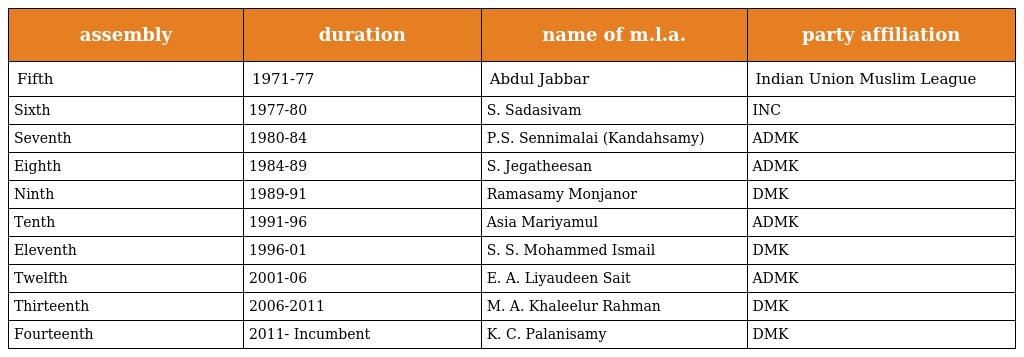
| assembly | duration | name of m.l.a. | party affiliation |
 | --- | --- | --- | --- |
 | Fifth | 1971-77 | Abdul Jabbar | Indian Union Muslim League |
 | Sixth | 1977-80 | S. Sadasivam | INC |
 | Seventh | 1980-84 | P.S. Sennimalai (Kandahsamy) | ADMK |
 | Eighth | 1984-89 | S. Jegatheesan | ADMK |
 | Ninth | 1989-91 | Ramasamy Monjanor | DMK |
 | Tenth | 1991-96 | Asia Mariyamul | ADMK |
 | Eleventh | 1996-01 | S. S. Mohammed Ismail | DMK |
 | Twelfth | 2001-06 | E. A. Liyaudeen Sait | ADMK |
 | Thirteenth | 2006-2011 | M. A. Khaleelur Rahman | DMK |
 | Fourteenth | 2011- Incumbent | K. C. Palanisamy | DMK |